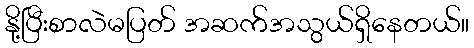
နို့ပြီးစာလဲမပြတ် အဆက်အသွယ်ရှိနေတယ်။